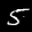
Label: 5